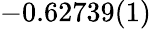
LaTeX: -0.62739(1)